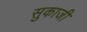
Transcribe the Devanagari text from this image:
सुकाजी